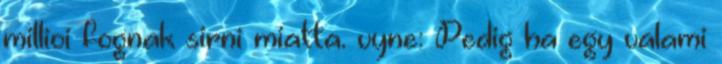
millioi fognak sirni miatta. vyne: Pedig ha egy valami